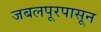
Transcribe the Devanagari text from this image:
जबलपूरपासून